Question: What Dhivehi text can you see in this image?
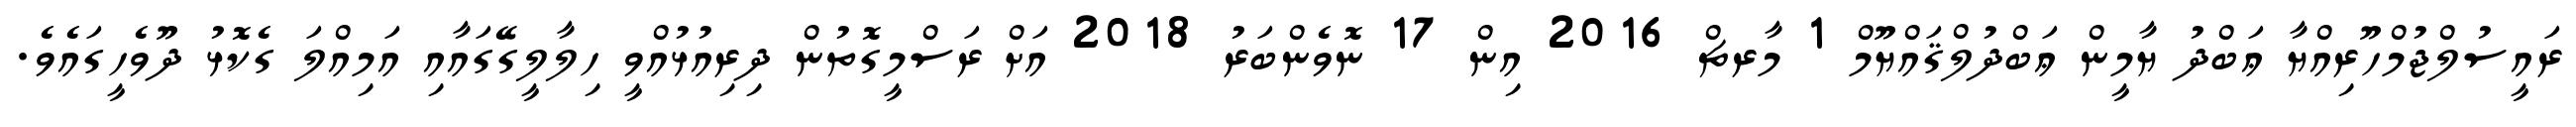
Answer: ރައީސުލްޖުމްހޫރިއްޔާ ޢަބްދު ޔާމީން ޢަބްދުލްޤައްޔޫމް 1 މާރޗް 2016 އިން 17 ނޮވެންބަރު 2018 އަށް ރަސްމީގޮތުން ދިރިއުޅުއްވީ ހިލާލީގޭގައާއި އަމިއްލަ ގެކޮޅު ދޫވެހީގައެވެ.